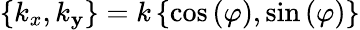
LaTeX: \left\{ k_{x},k_{\mathbf{y}}\right\} =k\left\{ \cos{(\varphi)},\sin{(\varphi)}\right\}